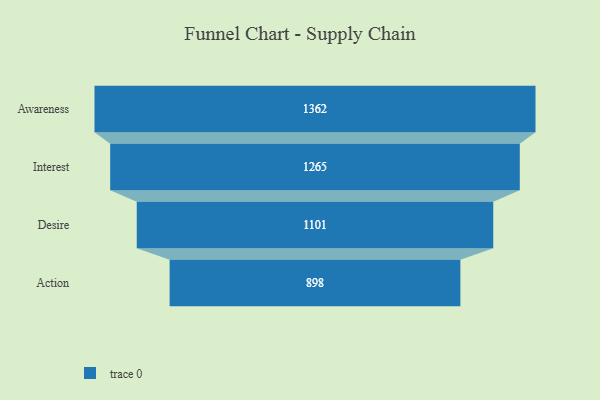
{"axis": {"x": "Stage", "y": "Value"}, "legend": [""], "data": [{"x": "Awareness", "y": 1362.0, "type": ""}, {"x": "Interest", "y": 1265.0, "type": ""}, {"x": "Desire", "y": 1101.0, "type": ""}, {"x": "Action", "y": 898.0, "type": ""}]}